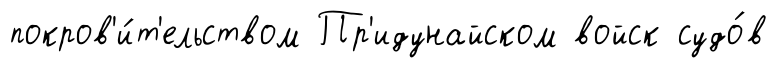
покров'и́т'ельством Пр'идунайском войск судо́в